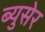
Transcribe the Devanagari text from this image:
ब्युसेर